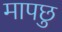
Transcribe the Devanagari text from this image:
मापछु